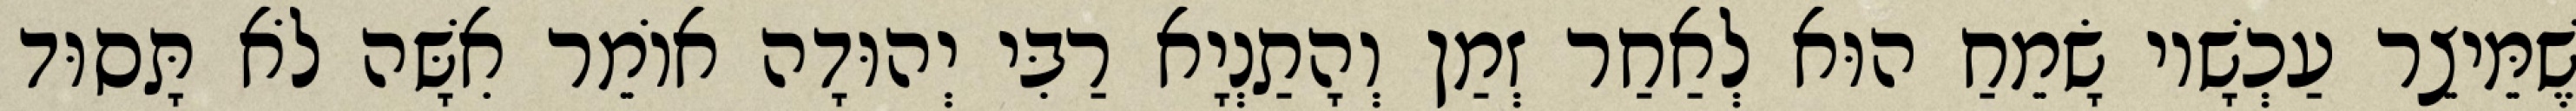
שֶׁמֵּיצֵר עַכְשָׁיו שָׂמֵחַ הוּא לְאַחַר זְמַן וְהָתַנְיָא רַבִּי יְהוּדָה אוֹמֵר אִשָּׁה לֹא תָּסוּד